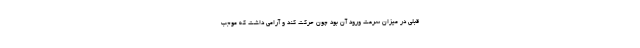
قبلی در میزان سرعت ورود آن بود چون حرکت کند و آرامی داشت که موجب